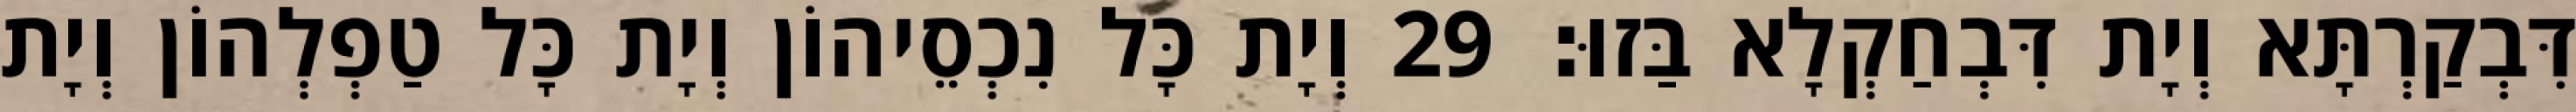
דִּבְקַרְתָּא וְיָת דִּבְחַקְלָא בַּזוּ׃ 29 וְיָת כָּל נִכְסֵיהוֹן וְיָת כָּל טַפְלְהוֹן וְיָת